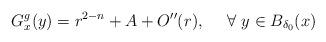
LaTeX: \begin{align*}G_x^g(y)=r^{2-n}+A+O''(r), \ \ \ \ \forall \ y \in B_{\delta_0}(x)\end{align*}